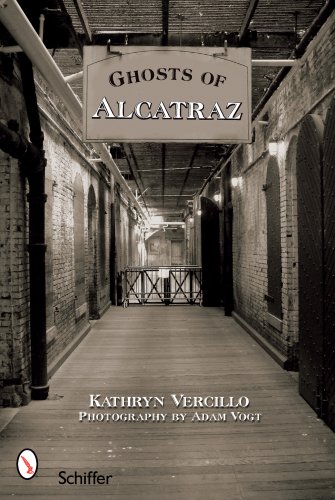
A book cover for Ghosts of Alcatraz; Kathryn Vercillo; Religion & Spirituality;